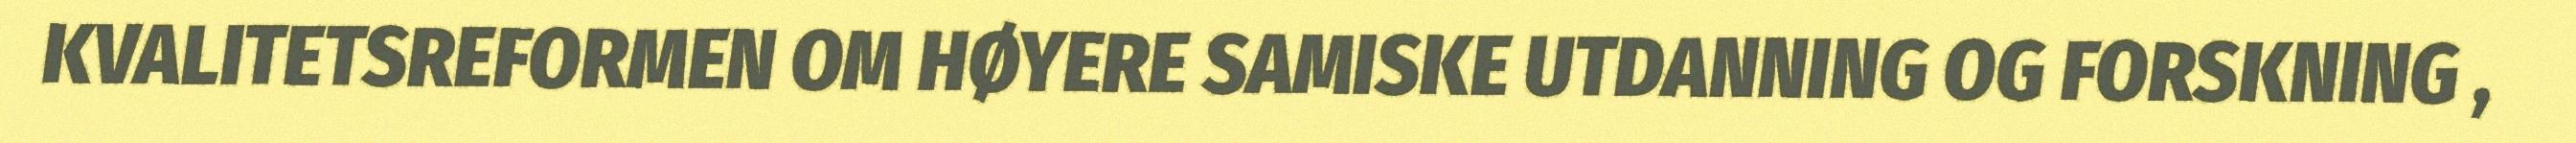
KVALITETSREFORMEN OM HØYERE SAMISKE UTDANNING OG FORSKNING ,